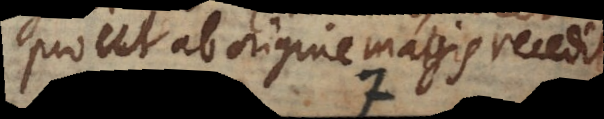
prout ab origine magis recedit